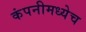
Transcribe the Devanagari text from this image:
कंपनीमध्येच